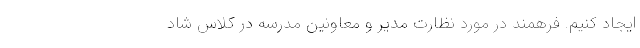
ایجاد کنیم. فرهمند در مورد نظارت مدیر و معاونین مدرسه در کلاس شاد